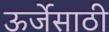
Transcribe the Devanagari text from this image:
ऊर्जेसाठी